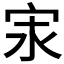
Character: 𭓢